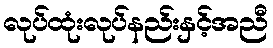
လုပ်ထုံးလုပ်နည်းနှင့်အညီ